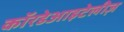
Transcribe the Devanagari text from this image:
कॉरडेआइटेलीज़